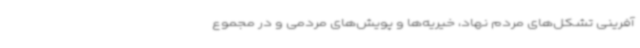
آفرینی‌ تشکل‌های مردم نهاد، خیریه‌ها و پویش‌های مردمی و در مجموع